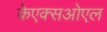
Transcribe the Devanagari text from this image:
केएक्सओएल